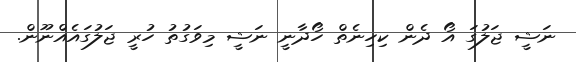
ނަޝީ ޖަލުގަ އޯ ދެން ކިހިނެތް ހޯދާނީ ނަޝީ މިވަގުތު ހުރީ ޖަލުގައެއްނޫން.